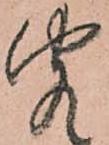
聞